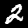
Digit: 2